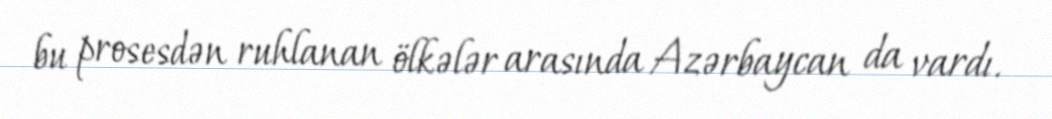
bu prosesdən ruhlanan ölkələr arasında Azərbaycan da vardı.